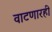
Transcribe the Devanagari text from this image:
वाटणारही